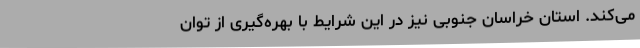
می‌کند. استان خراسان جنوبی نیز در این شرایط با بهره‌گیری از توان